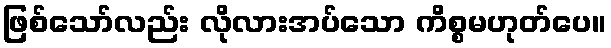
ဖြစ်သော်လည်း လိုလားအပ်သော ကိစ္စမဟုတ်ပေ။